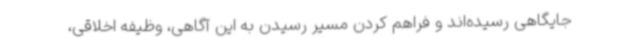
جایگاهی رسیده‌اند و فراهم کردن مسیر رسیدن به این آگاهی‌، وظیفه اخلاقی،